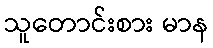
သူတောင်းစား မာန